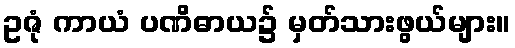
ဥဇုံ ကာယံ ပဏိဓာယ၌ မှတ်သားဖွယ်များ။